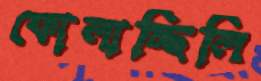
ফোলাচ্ছিলি